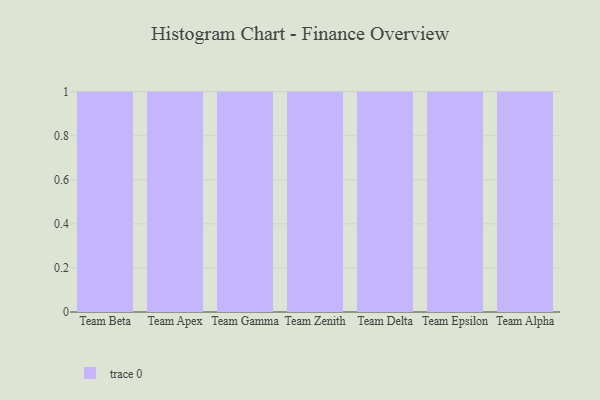
{"axis": {"x": "Team", "y": "Market Share (%)"}, "legend": [""], "data": [{"x": "Team Beta", "y": 10, "type": ""}, {"x": "Team Apex", "y": 94, "type": ""}, {"x": "Team Gamma", "y": 56, "type": ""}, {"x": "Team Zenith", "y": 66, "type": ""}, {"x": "Team Delta", "y": 6, "type": ""}, {"x": "Team Epsilon", "y": 8, "type": ""}, {"x": "Team Alpha", "y": 64, "type": ""}]}